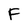
Character: F